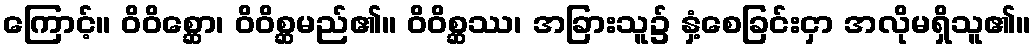
ကြောင့်။ ဝိဝိစ္ဆော၊ ဝိဝိစ္ဆမည်၏။ ဝိဝိစ္ဆဿ၊ အခြားသူ၌ နှံ့စေခြင်းငှာ အလိုမရှိသူ၏။